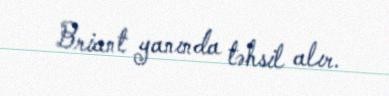
Briant yanında təhsil alır.